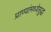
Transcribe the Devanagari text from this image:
प्राण्यांमध्येसुद्धा